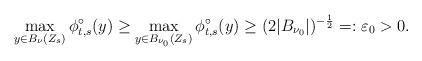
LaTeX: \begin{align*}\max_{y \in B_{\nu}(Z_s)} \phi_{t,s}^\circ(y) \ge \max_{y \in B_{\nu_0}(Z_s)} \phi_{t,s}^\circ(y) \ge (2 |B_{\nu_0}|)^{-\frac12} =: \varepsilon_0 > 0.\end{align*}